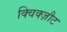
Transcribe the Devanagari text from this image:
क्विक्ज़ौट